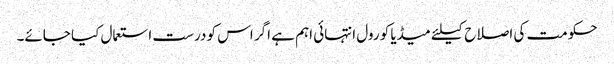
حکومت کی اصلاح کیلئے میڈیا کو رول انتہائی اہم ہے اگر اس کو درست استعمال کیا جائے۔